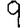
Digit: 9